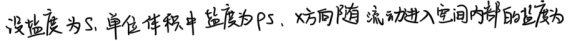
设盐度为 \(S\)，单位体积中盐度为 \(\rho S\)，\(x\) 方向随流动进入空间内单位的盐度为 。